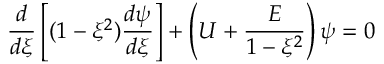
\frac { d } { d \xi } \left[ ( 1 - \xi ^ { 2 } ) \frac { d \psi } { d \xi } \right] + \left( U + \frac { E } { 1 - \xi ^ { 2 } } \right) \psi = 0